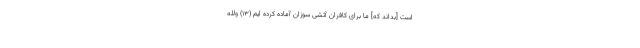
است [بداند كه] ما براى كافران آتشى سوزان آماده كرده ايم (۱۳) وَلِلَّهِ